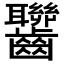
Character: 𪚁